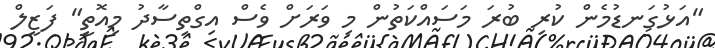
"އަޅުގަނޑުމެން ކުރި ބުރަ މަސައްކަތުން މި ވަރަށް ވެސް އިގްތިސާދު މިއޮތީ" ފަޒީލް